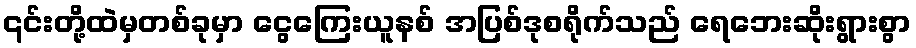
၎င်းတို့ထဲမှတစ်ခုမှာ ငွေကြေးယူနစ် အပြစ်ဒုစရိုက်သည် ရေဘေးဆိုးရွားစွာ